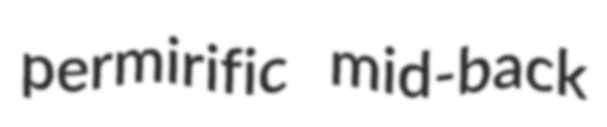
permirific mid-back